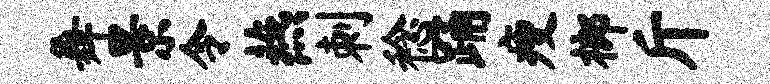
舞景令燕刺稔踊瘦榔斤